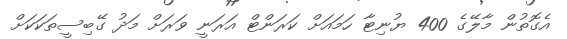
އެގޮތުން މާލޭގެ 400 ޔުނިޓާ ހަމައަށް ކަރަންޓް އަރަނީ ވަރަށް މަދު ގޭބިސީތަކަކަށް